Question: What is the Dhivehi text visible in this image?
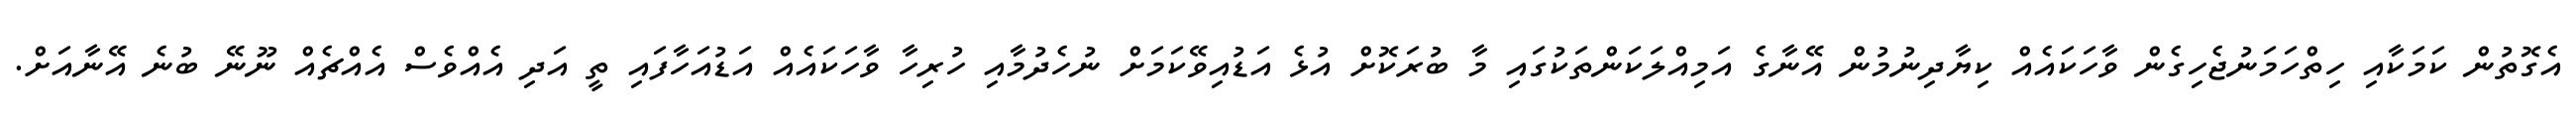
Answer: އެގޮތުން ކަމަކާއި ހިތްހަމަނުޖެހިގެން ވާހަކައެއް ކިޔާދިނުމުން އޭނާގެ އަމިއްލަކަންތަކުގައި މާ ބުރަކޮށް އުޅެ އަޑުއިވޭކަމަށް ނުހެދުމާއި ހުރިހާ ވާހަކައެއް އަޑުއަހާފައި ތީ އަދި އެއްވެސް އެއްޗެއް ނޫނޭ ބުނެ އޭނާއަށް.